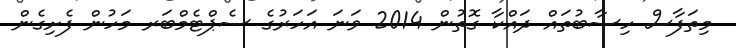
މިތަފާސް ހިސާބުތައް ދައްކާ ގޮތުން 2014 ވަނަަ އަހަރުގެ ސެޕްޓެމްބަރ މަހުން ފެށިގެން